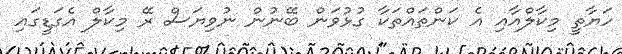
ހަޔާތީ މިކާލްއާއި އެ ކަންތައްތަކާ ގުޅުވަން ބޭނުން ނުވިޔަސް ރޭ މިކާލް އެގަޑީގައި